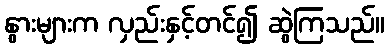
နွားများက လှည်းနှင့်တင်၍ ဆွဲကြသည်။